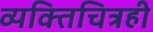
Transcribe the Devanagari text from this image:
व्यक्तिचित्रही